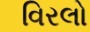
વિરલો